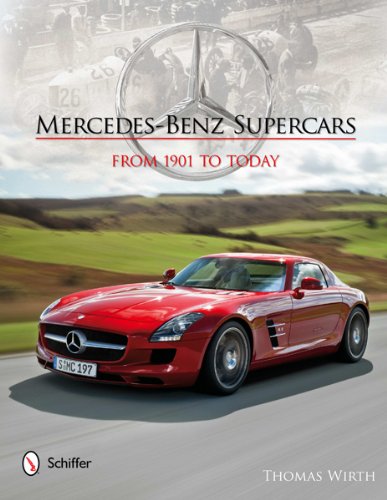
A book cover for Mercedes-Benz Supercars: From 1901 to Today; Thomas Wirth; Engineering & Transportation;